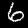
Digit: 6